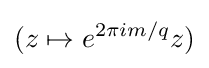
(z\mapsto e^{2\pi im/q}z)